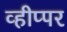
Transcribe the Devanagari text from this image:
व्हीप्पर